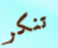
تنكر